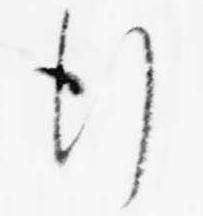
行